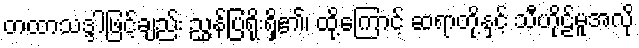
တထာသဒ္ဒါဖြင့်ချည်း ညွှန်ပြရိုးရှိ၏၊ ထို့ကြောင့် ဆရာတို့နှင့် သီဟိုဠ်မူအလို